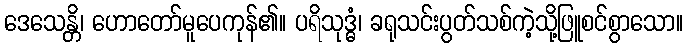
ဒေသေန္တိ၊ ဟောတော်မူပေကုန်၏။ ပရိသုဒ္ဓံ၊ ခရုသင်းပွတ်သစ်ကဲ့သို့ဖြူစင်စွာသော။